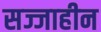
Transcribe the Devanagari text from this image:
सज्जाहीन